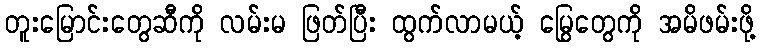
တူးမြောင်းတွေဆီကို လမ်းမ ဖြတ်ပြီး ထွက်လာမယ့် မြွေတွေကို အမိဖမ်းဖို့